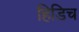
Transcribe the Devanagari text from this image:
हिडिच